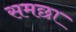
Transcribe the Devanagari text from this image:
समछा